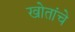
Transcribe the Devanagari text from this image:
खोतांचे